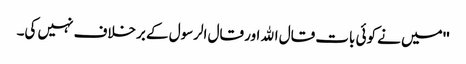
''میں نے کوئی بات قال اﷲ اور قال الرسول کے برخلاف نہیں کی۔